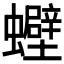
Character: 𧕀